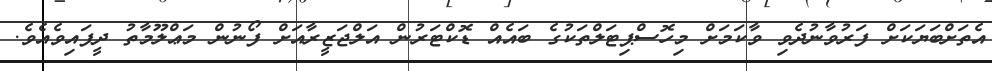
އެތަށްބަޔަކަށް ފަރުވާނުދެވި ވާކަމަށް މިހޮސްޕިޓަލްތަކުގެ ބައެއް ޑޮކްޓަރުން އަލްޖަޒީރާއަށް ފޯނުން މަޢްލޫމާތު ދީފައިވެއެވެ.